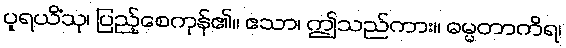
ပူရယိံသု၊ ပြည့်စေကုန်၏။ ဧသာ၊ ဤသည်ကား။ ဓမ္မတာကိရ၊